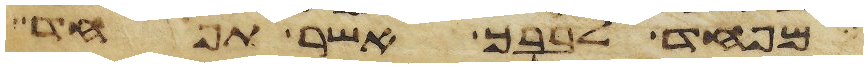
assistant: מפחד לבבך אשר תפחד